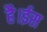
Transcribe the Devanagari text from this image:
है।ईस